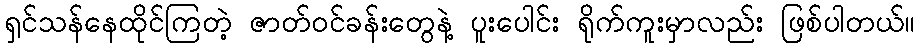
ရှင်သန်နေထိုင်ကြတဲ့ ဇာတ်ဝင်ခန်းတွေနဲ့ ပူးပေါင်း ရိုက်ကူးမှာလည်း ဖြစ်ပါတယ်။